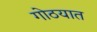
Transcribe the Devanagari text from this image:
गोठयात